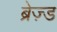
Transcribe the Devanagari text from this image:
ब्रेज़्ड